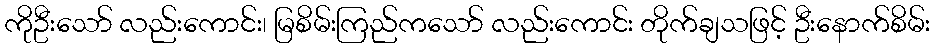
ကိုဦးသော် လည်းကောင်း၊ မြစိမ်းကြည်ကသော် လည်းကောင်း တိုက်ချသဖြင့် ဦးနောက်စိမ်း